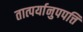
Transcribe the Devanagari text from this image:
तात्पर्यानुपपत्ति